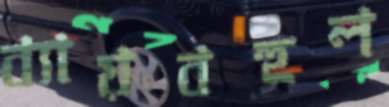
ব্যায়বহুল